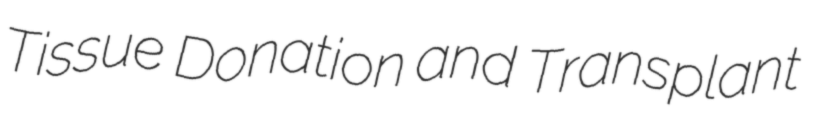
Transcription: Tissue Donation and Transplant